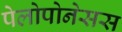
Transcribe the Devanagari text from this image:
पेलोपोनेसस